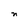
Character: n